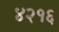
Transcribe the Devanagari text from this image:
४२१६